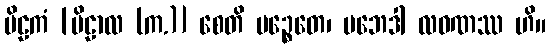
ဗိဠကံ [ဗိဠာလ (က.)] စေတိ ပဉ္စေတေ၊ ပဘေဒါ လဝဏဿ ဟိ။